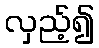
လှည့်၍